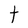
Character: t